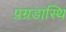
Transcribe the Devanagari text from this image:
प्रग्रडास्थि